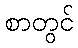
စာတွင်